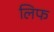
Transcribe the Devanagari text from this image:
लिफ